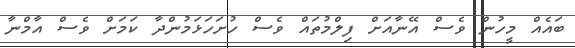
ބައެއް މީހުން ވެސް އޭނާއަށް ފިލްމުތައް ވެސް ހުށަހަޅަމުންދާ ކަމަށް ވެސް އާމްނާ